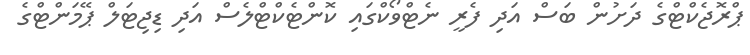
ޕްރޮޖެކްޓްގެ ދަށުން ބަސް އަދި ފެރީ ނެޓްވޯކްގައި ކޮންޓެކްޓްލެސް އަދި ޑިޖިޓަލް ޕޭމަންޓްގެ